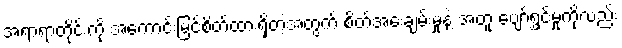
အရာရာတိုင်းကို အကောင်းမြင်စိတ်ထားရှိတဲ့အတွက် စိတ်အေးချမ်းမှုနဲ့ အတူ ပျော်ရွှင်မှုကိုလည်း